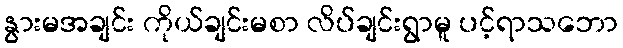
နွားမအချင်း ကိုယ်ချင်းမစာ လိပ်ချင်းရွာမူ ပင့်ရာသဘော